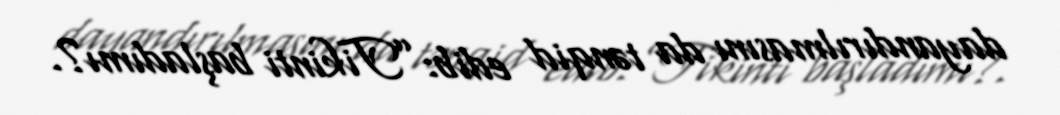
dayandırılmasını da tənqid edib:”Tikinti başladımı?.